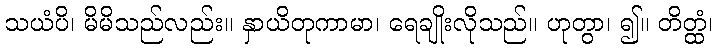
သယံပိ၊ မိမိသည်လည်း။ နှာယိတုကာမာ၊ ရေချိုးလိုသည်။ ဟုတွာ၊ ၍။ တိတ္ထံ၊